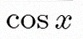
\cos x